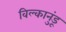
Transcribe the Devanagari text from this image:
विल्कानुंडू